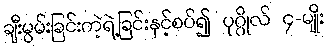
ချီးမွမ်းခြင်းကဲ့ရဲ့ခြင်းနှင့်စပ်၍ ပုဂ္ဂိုလ် ၄-မျိုး